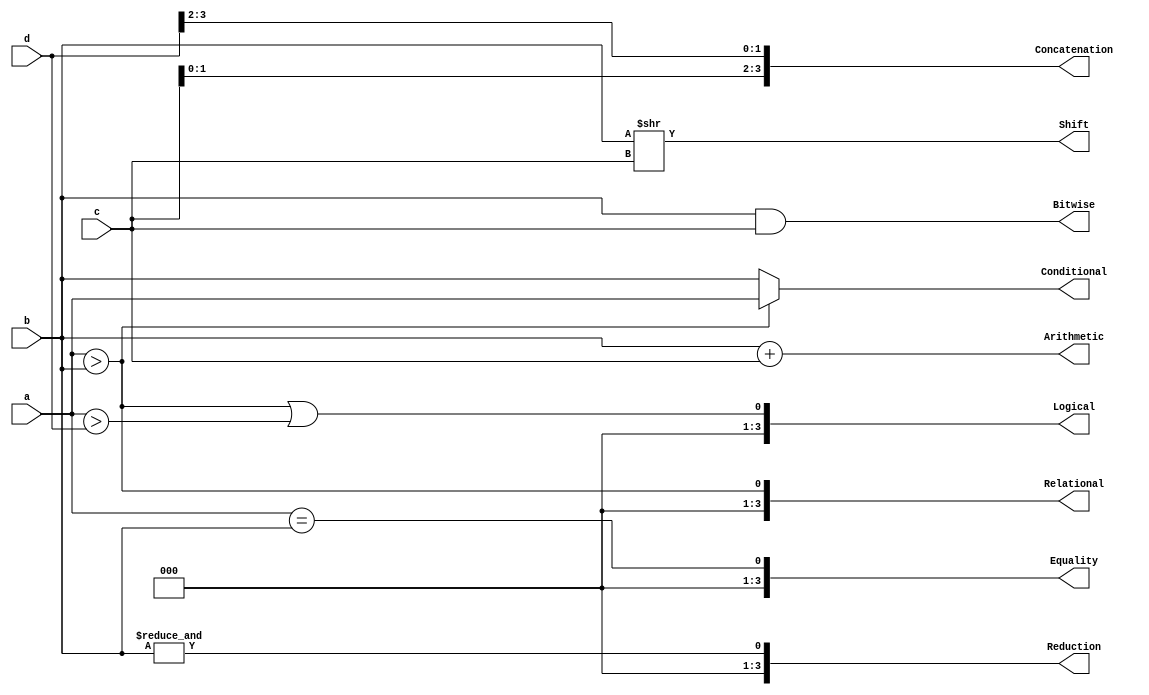
module cb(
  input [3:0] a, b, c, d,
  output [3:0] Arithmetic, Shift, Relational, Equality, Bitwise, Reduction, Logical, Concatenation, Conditional
);

  assign Arithmetic = b + c;
  assign Shift = b >> c;    // shift right b by c bits
  assign Relational = a > b;
  assign Equality = a == b;
  assign Bitwise = b & c;   // bitwise AND for all bits in b and c
  assign Reduction = &b;  // bitwise OR between all bits in b
  assign Logical = (a > b) || (a > d);
  assign Concatenation = {c[1:0], d[3:2]};
  assign Conditional = (a > b) ? a : b;

endmodule